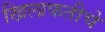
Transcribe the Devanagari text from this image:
खिलाफतीचे